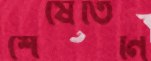
শেষেতিনি